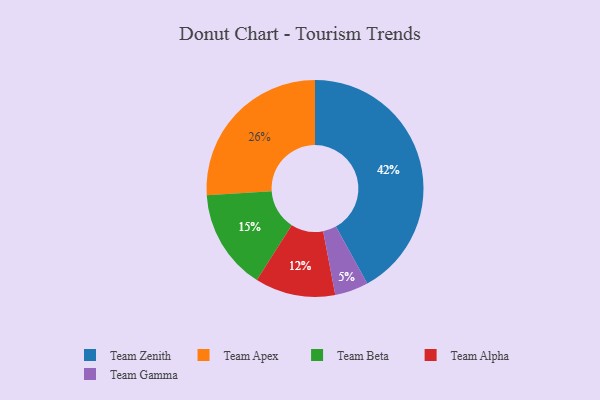
{"axis": {"x": "Category", "y": "Percentage"}, "legend": ["Team Alpha", "Team Apex", "Team Beta", "Team Gamma", "Team Zenith"], "data": [{"x": "Team Zenith", "y": 42, "type": "Team Zenith"}, {"x": "Team Beta", "y": 15, "type": "Team Beta"}, {"x": "Team Alpha", "y": 12, "type": "Team Alpha"}, {"x": "Team Gamma", "y": 5, "type": "Team Gamma"}, {"x": "Team Apex", "y": 26, "type": "Team Apex"}]}